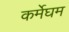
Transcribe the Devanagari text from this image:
कर्मेघम